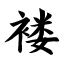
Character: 褛